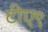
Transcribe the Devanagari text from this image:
टीए९